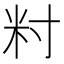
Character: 籿